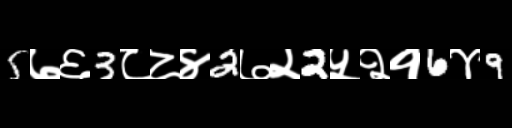
Text: 5७६3८८४2७२2५२१6४9